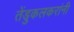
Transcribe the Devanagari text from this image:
तेंडुकलकरांनी